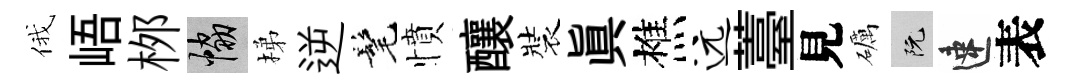
俄峿桞協梯逆髦憤釀裝眞樵远薹見礪阮速表